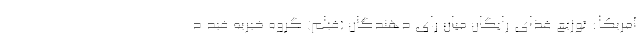
آمریکا: توزیع غذای رایگان میان رای دهندگان (فیلم) گروه خیریه فید د